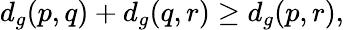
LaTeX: d_{g}(p,q)+d_{g}(q,r)\geq d_{g}(p,r),